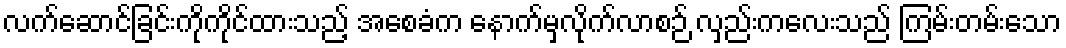
လက်ဆောင်ခြင်းကိုကိုင်ထားသည့် အစေခံက နောက်မှလိုက်လာစဉ် လှည်းကလေးသည် ကြမ်းတမ်းသော